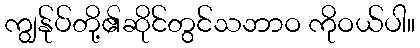
ကျွန်ုပ်တို့၏ဆိုင်တွင်သဘာဝ ကိုဝယ်ပါ။